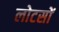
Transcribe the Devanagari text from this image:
लोटसों